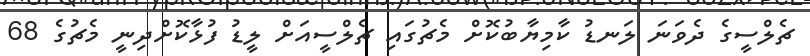
ޗެލްސީގެ ދެވަނަ ލަނޑު ކާމިޔާބުކޮށް މެޗުގައި ޗެލްސީއަށް ލީޑު ފުޅާކޮށްދިނީ މެޗުގެ 68